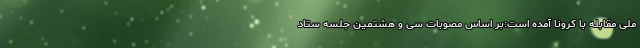
ملی مقابله با کرونا آمده است:بر اساس مصوبات سی و هشتمین جلسه ستاد